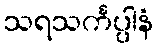
သရသင်္ကပ္ပါနံ